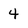
Character: 4